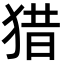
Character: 猎